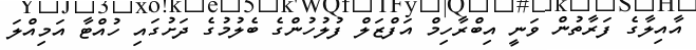
އާއިލާގެ ފަރާތުން ވަނީ އިބްރާހިމް އަފްޒަލް ފުލުހުންގެ ބެލުމުގެ ދަށުގައި ހުއްޓާ އަމިއްލަ